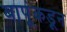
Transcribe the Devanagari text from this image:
बापूंकडून